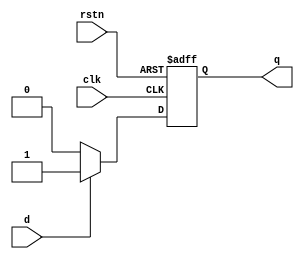
`timescale 1ns / 1ps
//////////////////////////////////////////////////////////////////////////////////
// Company: 
// Engineer: 
// 
// Design Name: 
// Module Name: d_ff
// Project Name: 
// Target Devices: 
// Tool Versions: 
// Description: 
// 
// Dependencies: 
// 
// Revision:
// Revision 0.01 - File Created
// Additional Comments:
// 
//////////////////////////////////////////////////////////////////////////////////


module d_ff(
input d,
input clk,
input rstn,
output reg q
    );
always @(posedge clk, negedge rstn) begin 
    if (!rstn) begin
        q<=0;
    end else begin
        if (d) begin
            q<=1;
        end else begin
            q<=0;
        end
    end
end
            
endmodule